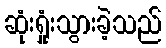
ဆုံးရှုံးသွားခဲ့သည်